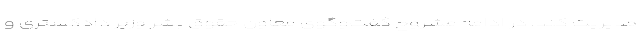
مدیریت کند. در ادامه مشروح گفت‌وگوی معاون حقوق بشر وزیر دادگستری و